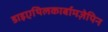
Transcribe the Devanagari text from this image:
डाइएथिलकार्बामज़ेपिन